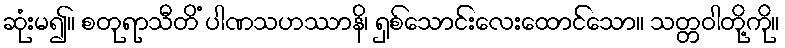
ဆုံးမ၍။ စတုရာသီတိံ ပါဏသဟဿာနိ၊ ရှစ်သောင်းလေးထောင်သော။ သတ္တဝါတို့ကို။